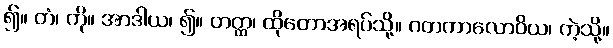
၍။ တံ၊ ကို။ အာဒါယ၊ ၍။ တတ္ထ၊ ထိုတောအရပ်သို့။ ဂတကာလောဝိယ၊ ကဲ့သို့။